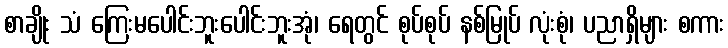
စာချိုး သံ ကြေးမပေါင်းဘူးပေါင်းဘူးအုံ၊ ရေတွင် စုပ်စုပ် နစ်မြုပ် လုံးစုံ၊ ပညာရှိများ စကား